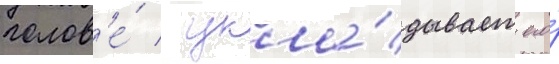
голов'е́ / укла́дывает его́